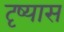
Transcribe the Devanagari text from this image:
दृष्यास